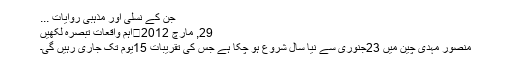
جن کے نسلی اور مذہبی روایات ...
29, مارچ 2012	اہم واقعات تبصرہ لکھیں
منصور مہدی چین میں 23جنوری سے نیا سال شروع ہو چکا ہے جس کی تقریبات 15یوم تک جاری رہیں گی۔